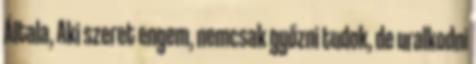
Általa, Aki szeret engem, nemcsak győzni tudok, de uralkodni